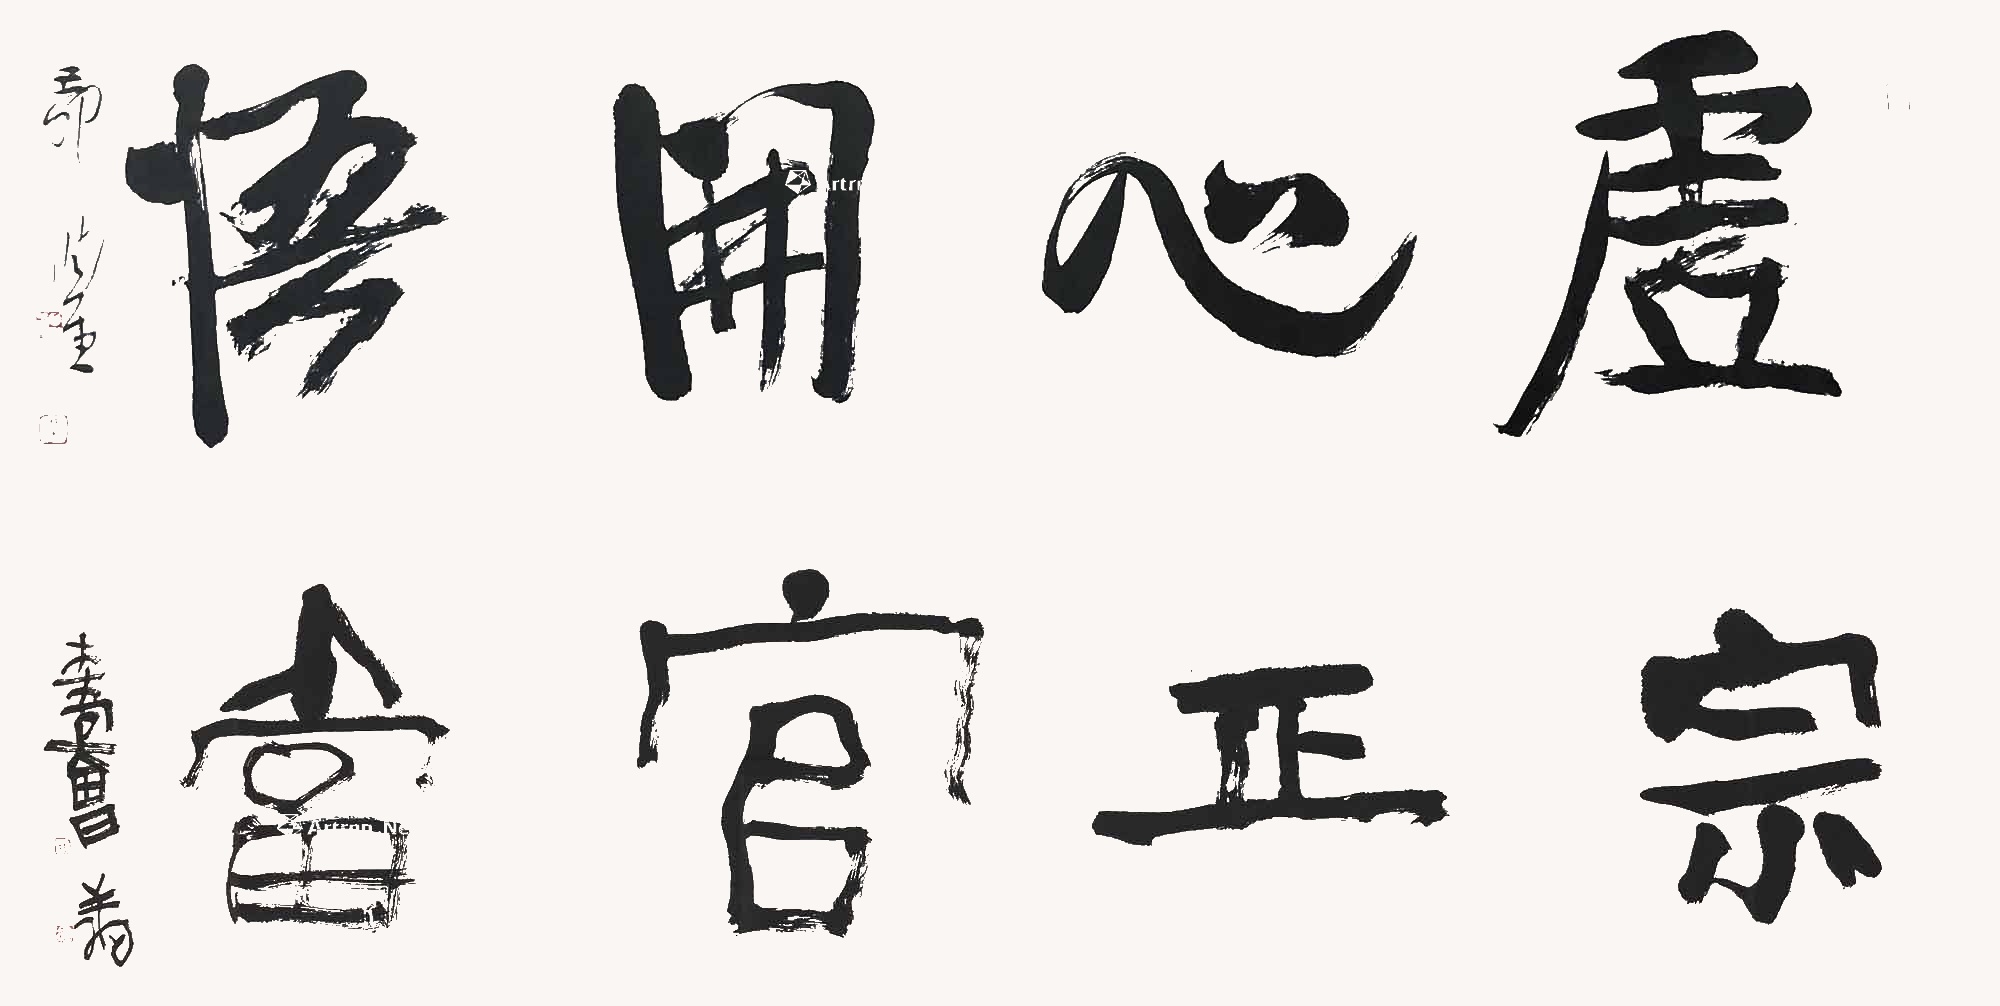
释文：虚心开悟·宗正官当己卯曲堂。木木堂曾翔。